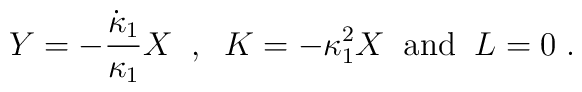
Y = - \frac{\dot{\kappa}_{1}}{\kappa_{1}} X \;\; , \;\; K = - \kappa_{1}^2 X\;\; \mbox{and} \;\; L=0 \; .